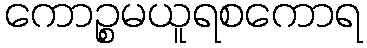
ကောဉ္စမယူရစကောရ